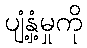
ပျံ့နှံ့မှုကို